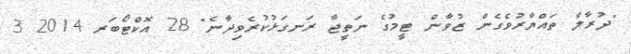
"ދުރާލާ ތައްޔާރުވެގެން ޒުވާން ޓީމުގެ ނަތީޖާ ރަނގަޅުކުރެވިދާނެ" 28 އޮކްޓޯބަރ 2014 3